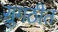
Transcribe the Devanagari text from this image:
सुगठीत